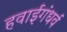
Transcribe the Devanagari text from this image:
हवाईगंधर्व